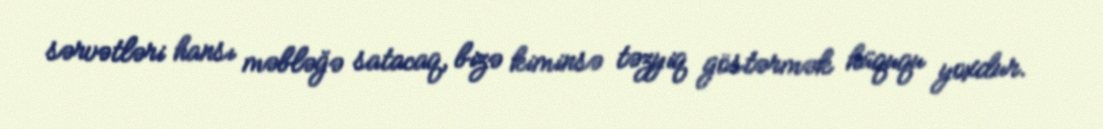
sərvətləri hansı məbləğə satacaq, bizə kiminsə təzyiq göstərmək hüququ yoxdur.